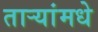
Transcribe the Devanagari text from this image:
ताऱ्यांमधे